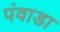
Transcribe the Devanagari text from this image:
पंवाडा